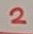
Text: 2